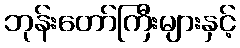
ဘုန်းတော်ကြီးများနှင့်